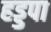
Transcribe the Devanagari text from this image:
हड्डपा